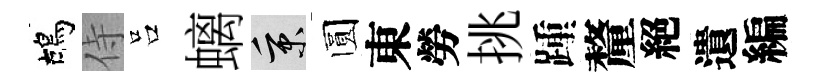
鴣侍吕螭秉圆東勞挑踵釐絕遺編